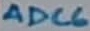
Text: ADC6